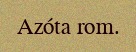
Azóta rom.